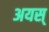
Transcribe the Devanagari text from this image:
अयस्‌